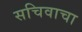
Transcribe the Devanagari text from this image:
सचिवाचा